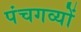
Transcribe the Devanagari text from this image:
पंचगव्यों